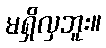
မရှိလှဘူး။